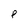
Character: P